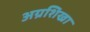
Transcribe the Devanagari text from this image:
अग्रशिखा